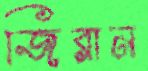
জিরান